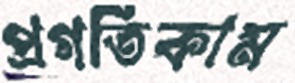
প্রগতিকাম